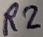
Text: R2